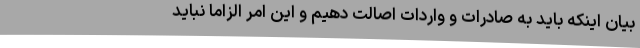
بیان اینکه باید به صادرات و واردات اصالت دهیم و این امر الزاما نباید